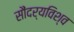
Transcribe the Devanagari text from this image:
सौंदर्यविश्व